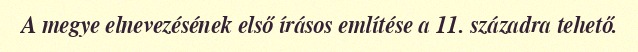
A megye elnevezésének első írásos említése a 11. századra tehető.